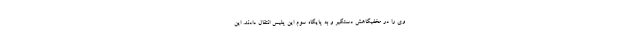
وی را در مخفیگاهش دستگیر و به پایگاه سوم این پلیس انتقال دادند. این